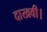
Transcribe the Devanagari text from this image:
दाखवी।